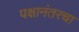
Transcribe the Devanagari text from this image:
पक्षानंतरचा